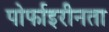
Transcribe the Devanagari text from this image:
पोर्फाइरीनता